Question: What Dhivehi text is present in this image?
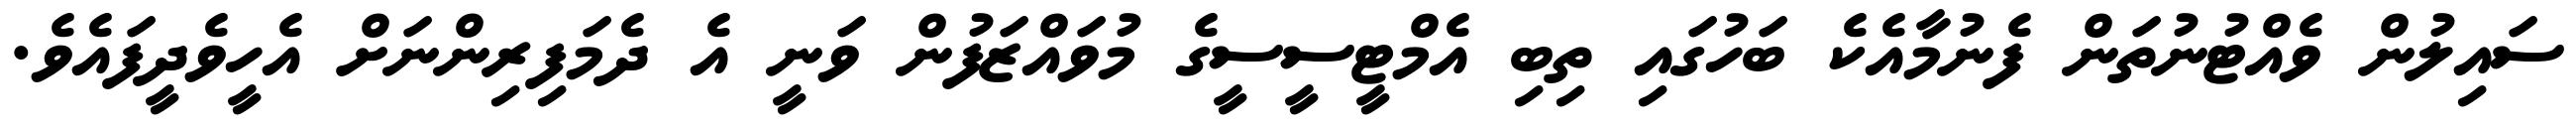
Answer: ސައިލުން ވެއްޓުނުތަން ފެނުމާއެކެ ބަހުގައި ތިބި އެމްޓީސީސީގެ މުވައްޒަފުން ވަނީ އެ ދެމަފިރިންނަށް އެހީވެދީފައެވެ.